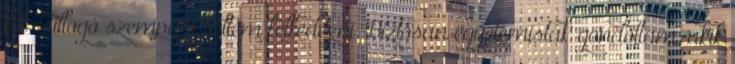
két csillogó szempárt véltem felfedezni. Biztosan egyetemisták gondoltam, akik